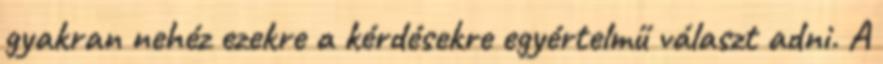
gyakran nehéz ezekre a kérdésekre egyértelmű választ adni. A